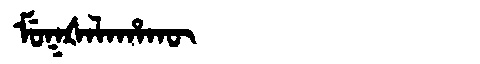
Manchu: ᠮᡠᡴᡧᠠᠯᠠᡥᠠᡴᡡ
Romanization: MUKŠALAHAKŪ